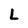
Character: L